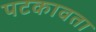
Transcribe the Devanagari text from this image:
पटकावता